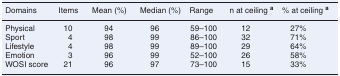
<table><thead><tr><td><b>Domains</b></td><td><b>Items</b></td><td><b>Mean (%)</b></td><td><b>Median (%)</b></td><td><b>Range</b></td><td><b>n at ceiling <sup>a</sup></b></td><td><b>% at ceiling <sup>a</sup></b></td></tr></thead><tbody><tr><td>Physical</td><td>10</td><td>94</td><td>96</td><td>59–100</td><td>12</td><td>27%</td></tr><tr><td>Sport</td><td>4</td><td>98</td><td>99</td><td>86–100</td><td>32</td><td>71%</td></tr><tr><td>Lifestyle</td><td>4</td><td>98</td><td>99</td><td>89–100</td><td>29</td><td>64%</td></tr><tr><td>Emotion</td><td>3</td><td>96</td><td>99</td><td>52–100</td><td>26</td><td>58%</td></tr><tr><td>WOSI score</td><td>21</td><td>96</td><td>97</td><td>73–100</td><td>15</td><td>33%</td></tr></tbody></table>